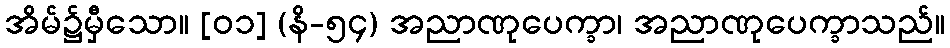
အိမ်၌မှီသော။ [၀၁] (နိ-၅၄) အညာဏုပေက္ခာ၊ အညာဏုပေက္ခာသည်။